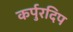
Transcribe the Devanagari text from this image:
कर्पुरदिप